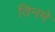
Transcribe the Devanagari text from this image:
तिनमे